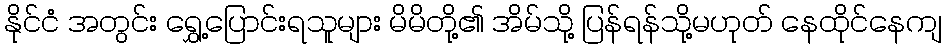
နိုင်ငံ အတွင်း ရွှေ့ပြောင်းရသူများ မိမိတို့၏ အိမ်သို့ ပြန်ရန်သို့မဟုတ် နေထိုင်နေကျ